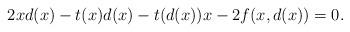
LaTeX: \begin{align*}2xd(x)-t(x)d(x) - t(d(x))x - 2f(x,d(x)) = 0.\end{align*}